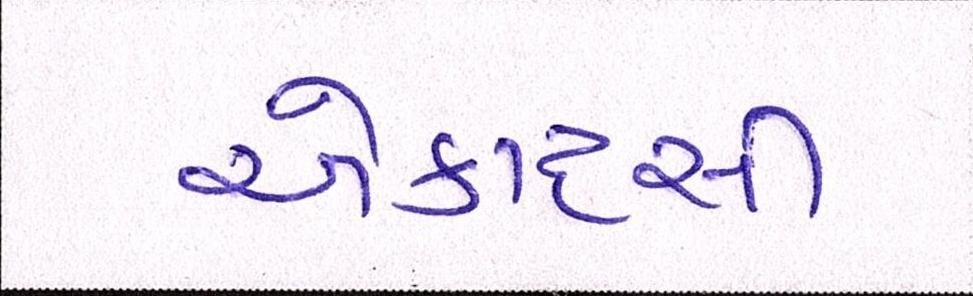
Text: એકાદસી